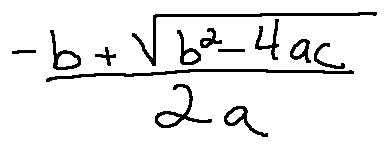
\frac { - b + \sqrt { b ^ { 2 } - 4 a c } } { 2 a }